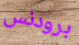
برودنس